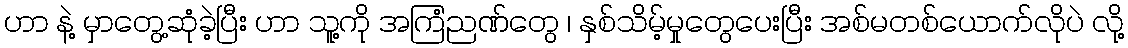
ဟာ နဲ့ မှာတွေ့ဆုံခဲ့ပြီး ဟာ သူ့ကို အကြံညဏ်တွေ ၊ နှစ်သိမ့်မှုတွေပေးပြီး အစ်မတစ်ယောက်လိုပဲ လို့